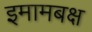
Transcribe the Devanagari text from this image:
इमामबक्ष